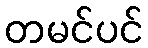
တမင်ပင်